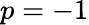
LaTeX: p=-1